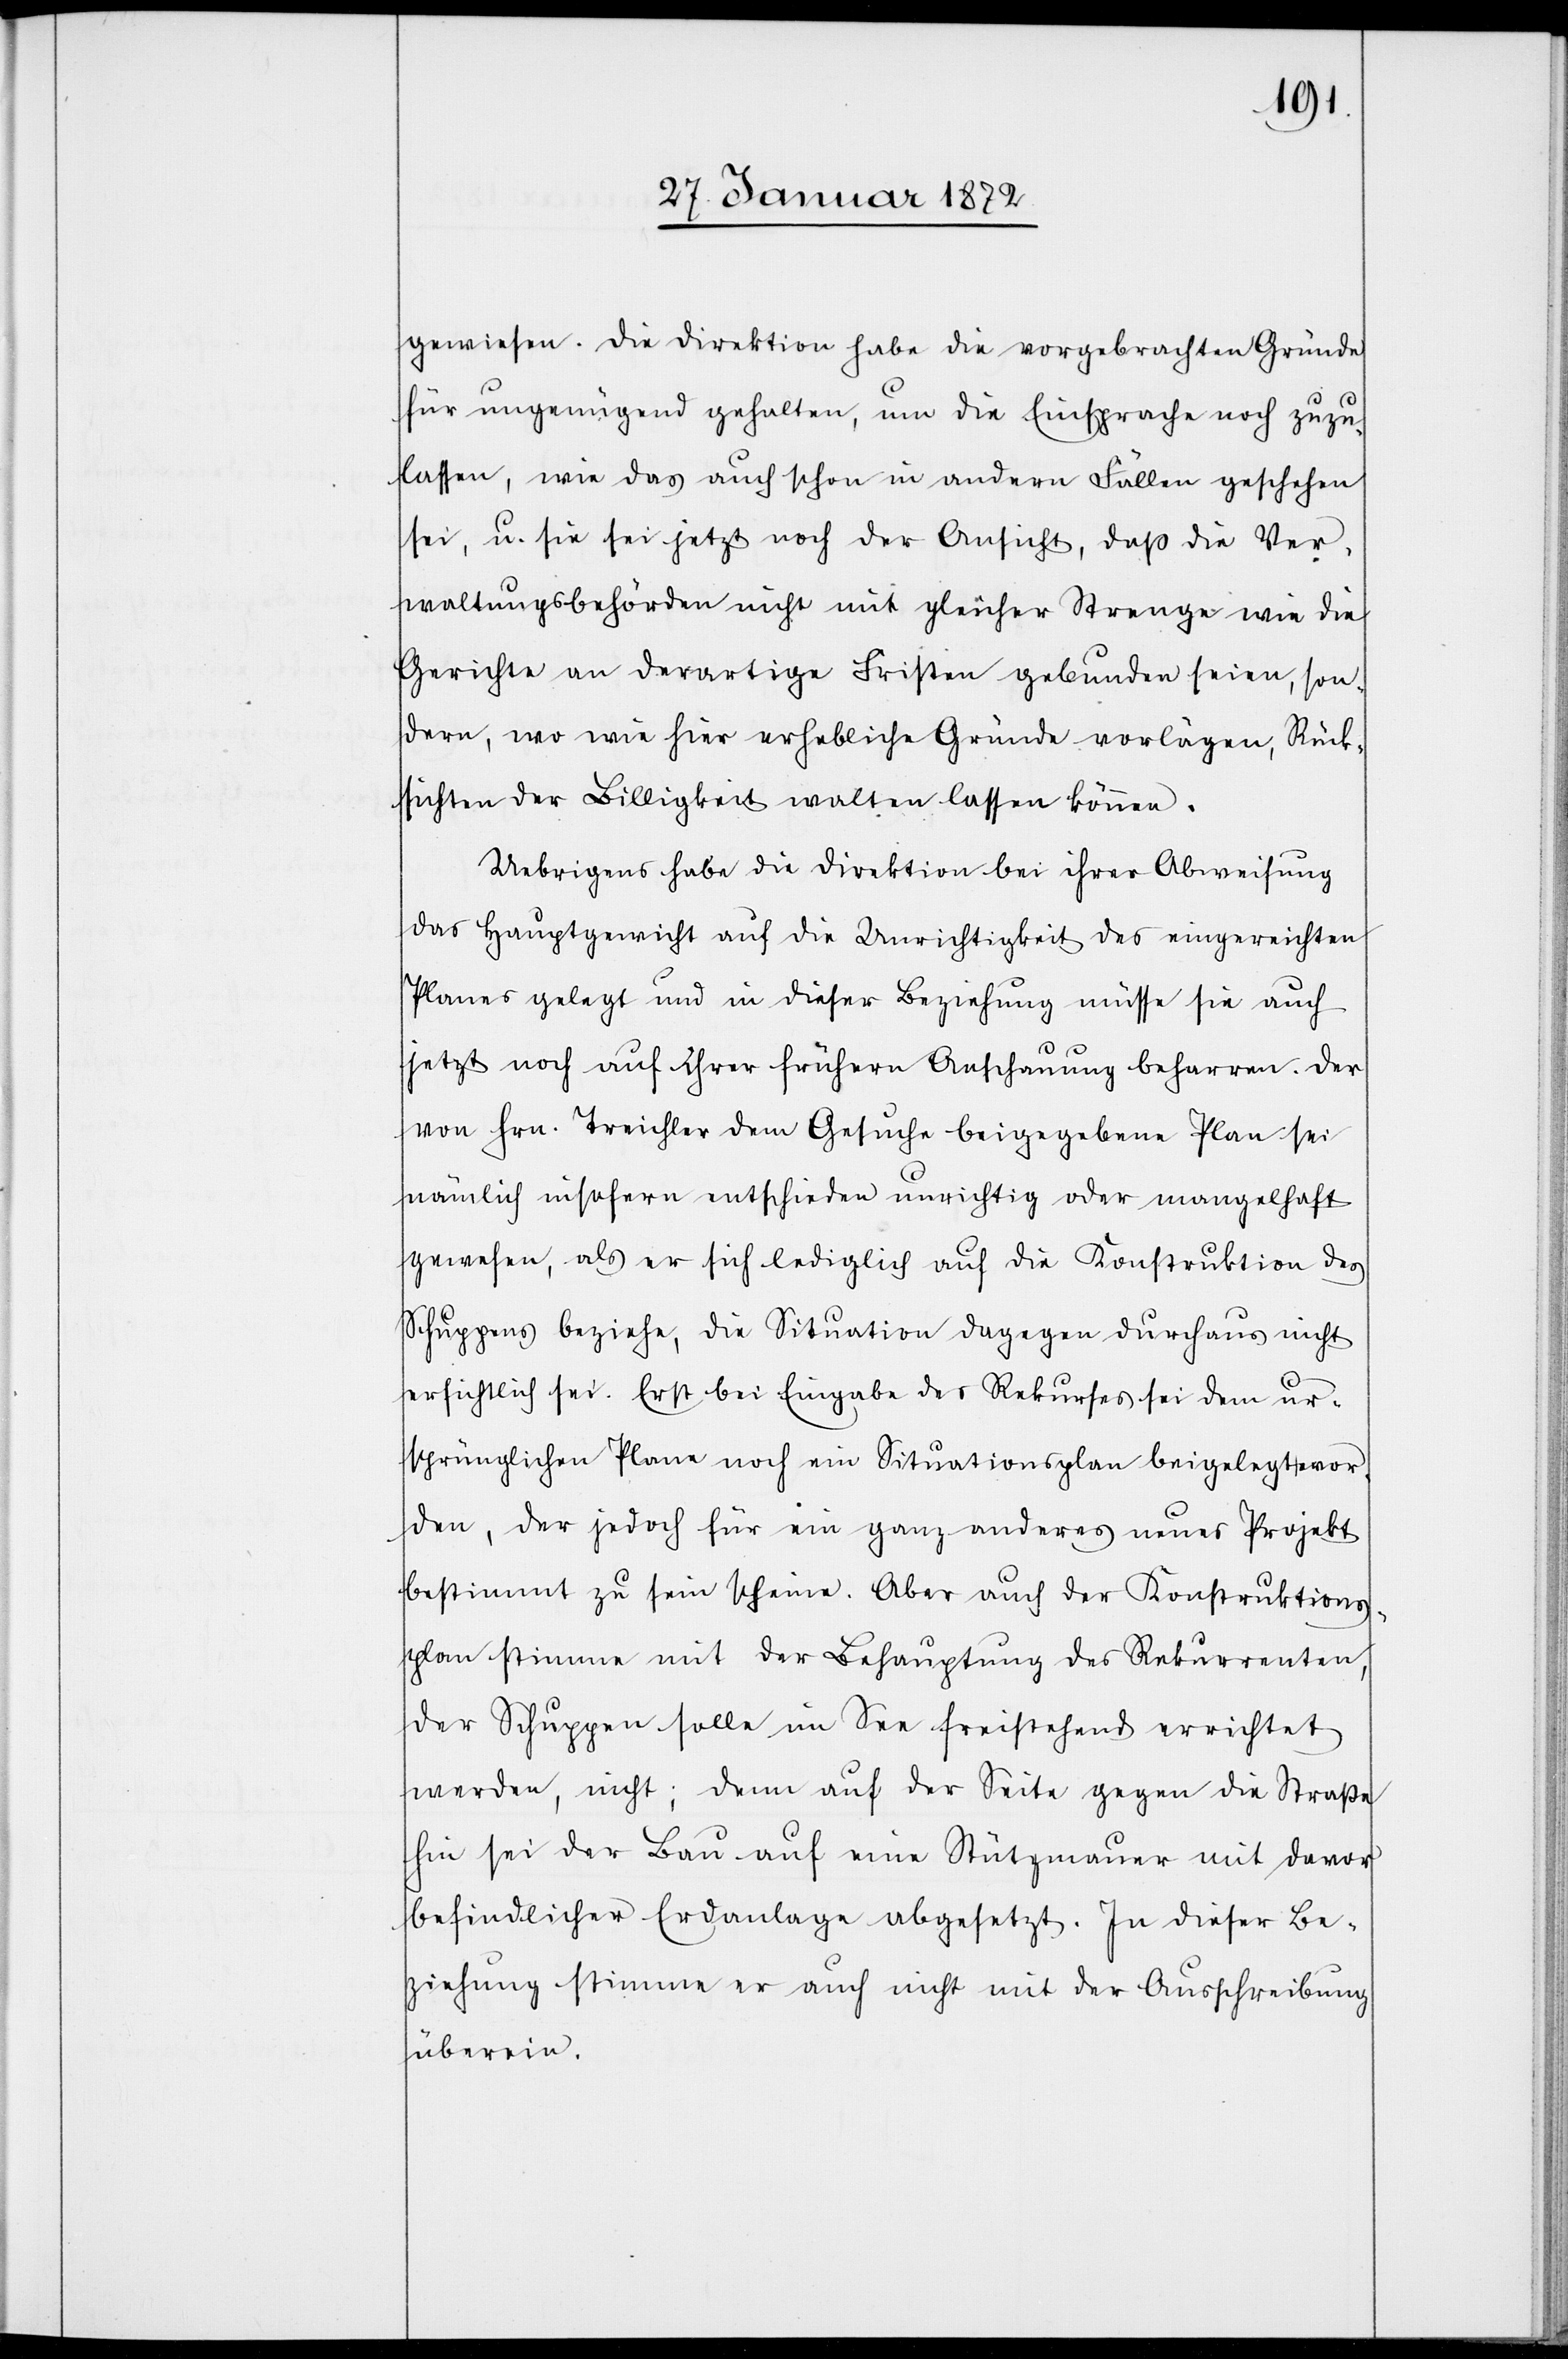
gewiesen. Die Direktion habe die vorgebrachten Gründe
für ungenügend gehalten, um die Einsprache noch zuzu¬
lassen, wie das auch schon in andern Fällen geschehen
sei, u. sie sei jetzt noch der Ansicht, daß die Ver¬
waltungsbehörden nicht mit gleicher Strenge wie die
Gerichte an derartige Fristen gebunden seien, son¬
dern, wo wie hier erhebliche Gründe vorlägen, Rück¬
sichten der Billigkeit walten lassen können.
Uebrigens habe die Direktion bei ihrer Abweisung
das Hauptgewicht auf die Unrichtigkeit des eingereichten
Planes gelegt und in dieser Beziehung müsse sie auch
jetzt noch auf ihrer frühern Anschauung beharren. Der
von Hrn. Treichler dem Gesuche beigegebene Plan sei
nämlich insofern entschieden unrichtig oder mangelhaft
gewesen, als er sich lediglich auf die Konstruktion des
Schuppens beziehe, die Situation dagegen durchaus nicht
ersichtlich sei. Erst bei Eingabe des Rekurses sei dem ur¬
sprünglichen Plane noch ein Situationsplan beigelegt wor¬
den, der jedoch für ein ganz anderes neues Projekt
bestimmt zu sein scheine. Aber auch der Konstruktions¬
plan stimme mit der Behauptung des Rekurrenten,
der Schuppen solle im See freistehend errichtet
werden, nicht [überein]; denn auf der Seite gegen die Straße
hin sei der Bau auf eine Stützmauer mit davor
befindlicher Erdanlage abgesetzt. In dieser Be¬
ziehung stimme er auch nicht mit der Ausschreibung
überein.